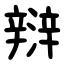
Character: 㵷